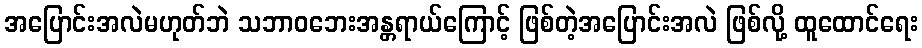
အပြောင်းအလဲမဟုတ်ဘဲ သဘာဝဘေးအန္တရာယ်ကြောင့် ဖြစ်တဲ့အပြောင်းအလဲ ဖြစ်လို့ ထူထောင်ရေး